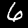
Digit: 6